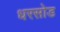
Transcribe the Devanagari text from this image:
धरसोड